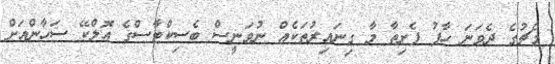
މެޗުގެ ދެވަނަ ހާފު ފެށިތާ މާ ގިނައިރުތަކެއް ނުވަނީސް ބެސިކްޓާސްގެ އޮލްކޭ ސަހާންއަށް